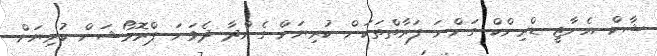
ޝާކް އެނާޖީ ޑްރިންކް ގަންނަ ފަރާތްތަކަށް ކުރިޔަށް ގެންދާ ދެވަނަ ޕްރޮމޯޝަން ކުރިޔަށް